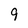
Character: 9